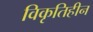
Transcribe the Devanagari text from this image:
विकृतिहीन